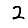
Digit: 2